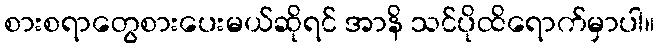
စားစရာတွေစားပေးမယ်ဆိုရင် အာနိ သင်ပိုထိရောက်မှာပါ။